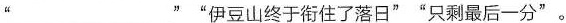
“___”伊豆山终于指住了落日””只剩最后一分”。